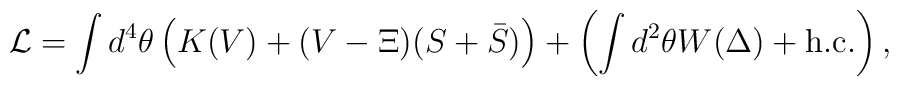
{\cal L} = \int d^4\theta \left( K(V) + (V-\Xi)(S+\bar{S})\right)+ \left( \int d^2\theta W(\Delta)+ {\rm h.c.} \right),